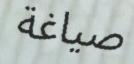
صياغة